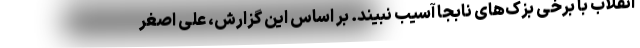
انقلاب با برخی بزک‌های نابجا آسیب نبیند. بر اساس این گزارش، علی اصغر